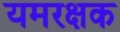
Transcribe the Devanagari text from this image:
यमरक्षक